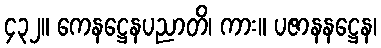
၄၃၂။ ကေနဋ္ဌေနပညာတိ၊ ကား။ ပဇာနနဋ္ဌေန၊